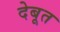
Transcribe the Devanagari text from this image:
देबूत